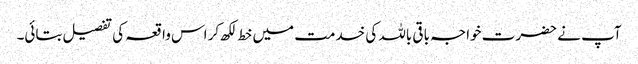
آپ نے حضرت خواجہ باقی باللہ کی خدمت میں خط لکھ کر اس واقعہ کی تفصیل بتائی۔